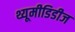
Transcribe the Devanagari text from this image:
थ्यूमीडिडीज